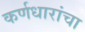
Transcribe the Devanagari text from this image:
कर्णधारांचा